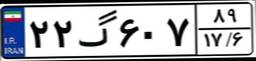
۲۲گ۶۰۷۸۹